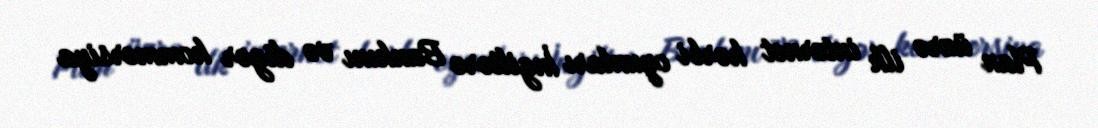
Plan üzrə ilk internet hərbi oyunları İngiltərə Bankını və digər kommersiya